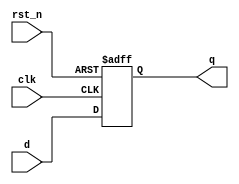
// Asynchronous reset D flip-flop
module dff_arst
(
    input clk, rst_n,
    input d,
    output reg q
);

always @(posedge clk, negedge rst_n)
    if(!rst_n)
        q <= 0;
    else
        q <= d;

endmodule